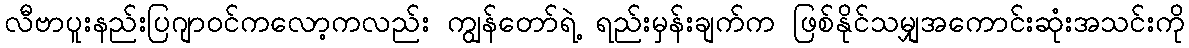
လီဗာပူးနည်းပြဂျာဝင်ကလော့ကလည်း ကျွန်တော်ရဲ့ ရည်းမှန်းချက်က ဖြစ်နိုင်သမျှအကောင်းဆုံးအသင်းကို